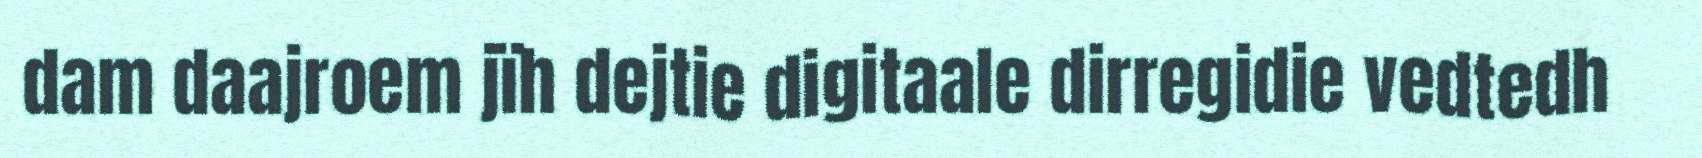
dam daajroem jïh dejtie digitaale dirregidie vedtedh